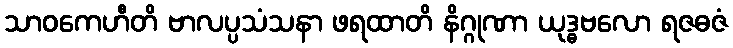
သာဝကေဟီတိ ဗာလပ္ပသံသနာ ဖရထာတိ နိဂ္ဂုဏာ ယုဒ္ဓဗလော ရဇဓဇံ